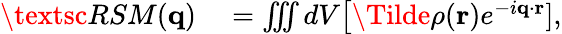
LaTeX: \begin{array}{rl}{\textsc{RSM}(\mathbf{q})}&{{}=\iiint dV\big[\Tilde{\rho}(\mathbf{r})e^{-i\mathbf{q}\cdot\mathbf{r}}],}\end{array}